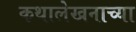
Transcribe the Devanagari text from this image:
कथालेखनाच्या